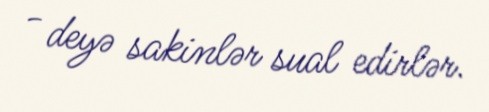
- deyə sakinlər sual edirlər.